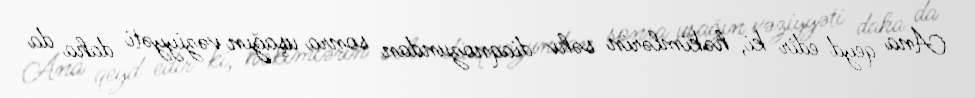
Ana qeyd edir ki, həkimlərin səhv diaqnozundan sonra uşağın vəziyyəti daha da